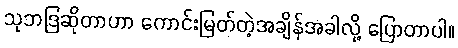
သုဘဒြဆိုတာဟာ ကောင်းမြတ်တဲ့အချိန်အခါလို့ ပြောတာပါ။